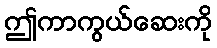
ဤကာကွယ်ဆေးကို